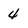
Character: 4